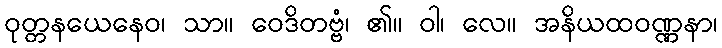
ဝုတ္တနယေနေဝ၊ သာ။ ဝေဒိတဗ္ဗံ၊ ၏။ ဝါ၊ လေ။ အနိယထဝဏ္ဏနာ၊